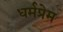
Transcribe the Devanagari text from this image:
धर्मप्रेम